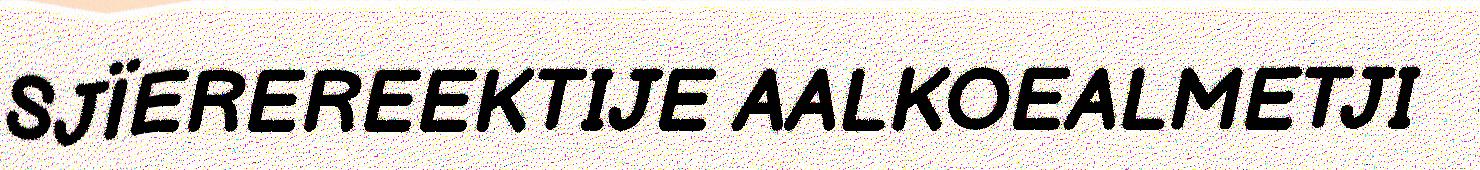
SJÏEREREEKTIJE AALKOEALMETJI